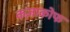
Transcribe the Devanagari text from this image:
कज़ाकोफ